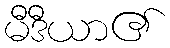
မီဒီယာ၏